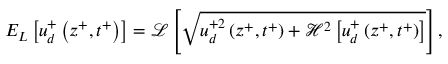
E _ { L } \left[ u _ { d } ^ { + } \left( z ^ { + } , t ^ { + } \right) \right] = \mathcal { L } \left[ \sqrt { u _ { d } ^ { + 2 } \left( z ^ { + } , t ^ { + } \right) + \mathcal { H } ^ { 2 } \left[ u _ { d } ^ { + } \left( z ^ { + } , t ^ { + } \right) \right] } \right] ,